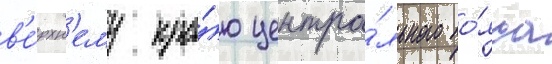
в'е́рхн'ему кра́ю центра́льного по́яса